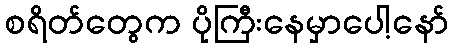
စရိတ်တွေက ပိုကြီးနေမှာပေါ့နော်